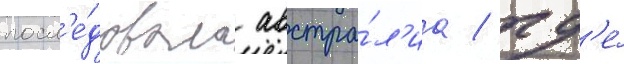
посл'е́довала австра́л'иа / гд'е́